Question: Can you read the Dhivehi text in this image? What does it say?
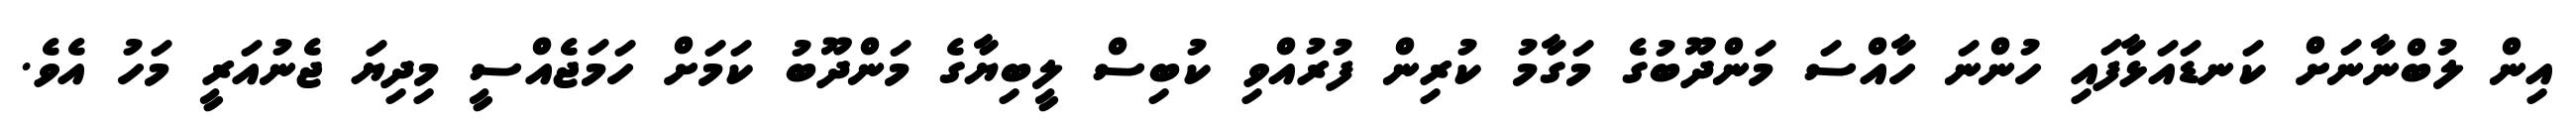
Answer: އިން ލުބްނާނަށް ކަނޑައަޅާފައި ހުންނަ ހާއްސަ މަންދޫބުގެ މަގާމު ކުރިން ފުރުއްވި ކުބިސް ލީބިޔާގެ މަންދޫބު ކަމަށް ހަމަޖެއްސީ މިދިޔަ ޖެނުއަރީ މަހު އެވެ.